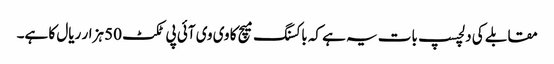
مقابلے کی دلچسپ بات یہ ہے کہ باکسنگ میچ کا وی وی آئی پی ٹکٹ 50 ہزار ریال کا ہے۔